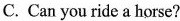
C. Can you ride a horse?